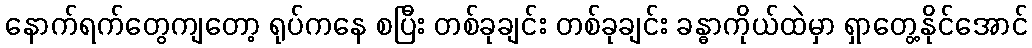
နောက်ရက်တွေကျတော့ ရုပ်ကနေ စပြီး တစ်ခုချင်း တစ်ခုချင်း ခန္ဓာကိုယ်ထဲမှာ ရှာတွေ့နိုင်အောင်